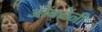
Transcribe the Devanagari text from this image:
ओंबळेंनी